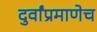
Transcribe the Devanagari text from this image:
दुर्वांप्रमाणेच